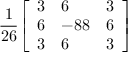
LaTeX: { \frac { 1 } { 2 6 } } { \left[ \begin{array} { l l l } { 3 } & { 6 } & { 3 } \\ { 6 } & { - 8 8 } & { 6 } \\ { 3 } & { 6 } & { 3 } \end{array} \right] }